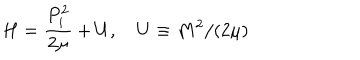
LaTeX: H = \frac { P _ { i } ^ { 2 } } { 2 \mu } + U , \quad U \equiv M ^ { 2 } / ( 2 \mu )